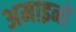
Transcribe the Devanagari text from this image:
अमाइनों